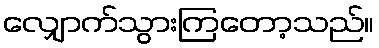
လျှောက်သွားကြတော့သည်။